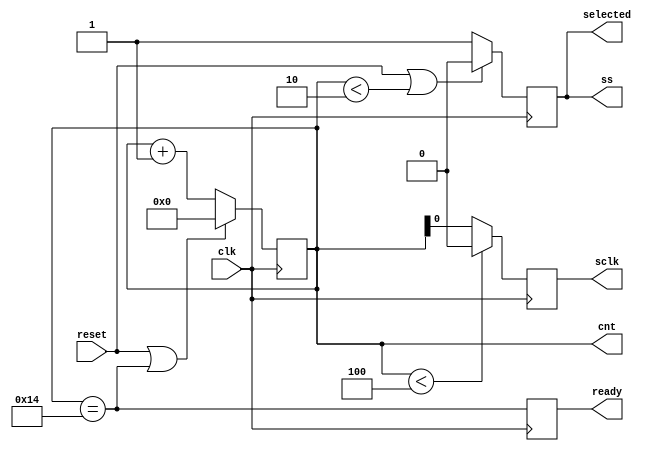
module spi_master_ctrl(
    input clk,   // bit clock
    input reset, // sync reset

    output reg sclk,
    output ss,

    output reg selected, // non-inverted ss
    output reg ready,    // end of frame
    output reg [(3+BYTES):0] cnt
);

parameter CPOL = 1'b0; // clock idle state
parameter SS = 1'b0;   // SS idle state
parameter BYTES = 1;   // number of bytes per frame

// bits per cycle (including extra)
localparam BITS = 8*BYTES + 2;

localparam MAXCNT = 2*BITS;

always @(posedge clk)
    if(reset | cnt==MAXCNT)
        cnt <= 0;
    else
        cnt <= cnt + 1;

always @(posedge clk)
    ready <= cnt==MAXCNT;

always @(posedge clk)
    if(reset | cnt<2)
        selected <= 0;
    else
        selected <= 1;

assign ss = selected ^ SS;

always @(posedge clk)
    if(cnt<4)
        sclk <= CPOL;
    else
        sclk <= cnt[0] ^ CPOL;

endmodule